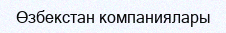
Өзбекстан компаниялары